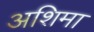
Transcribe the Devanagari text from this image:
अशिमा